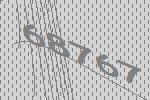
68767